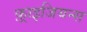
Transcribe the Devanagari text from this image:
फ़्राइजियन्स